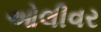
ઓલીવર